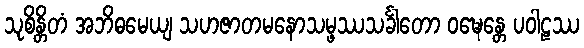
သုစိန္တိတံ အဘိဓမေယျ သဟဇာတမနောသမ္ဖဿသင်္ခါတော ဝဍ္ဎေန္တေ ပဝါဠဿ